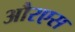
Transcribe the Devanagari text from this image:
औरएस